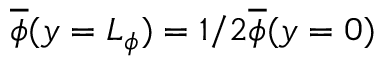
\overline { { \phi } } ( y = L _ { \phi } ) = 1 / 2 \overline { { \phi } } ( y = 0 )